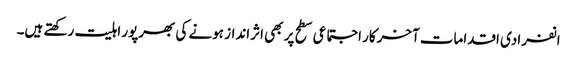
انفرادی اقدامات آخرکار اجتماعی سطح پر بھی اثرانداز ہونے کی بھرپور اہلیت رکھتے ہیں۔